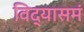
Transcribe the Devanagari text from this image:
विद्यासमं